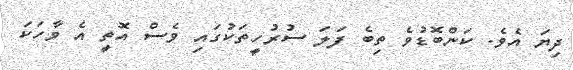
ދިޔަ އެވެ. ކަންބޮޑުވެ ތިބެ ފަލަ ސުރުހީތަކުގައި ވެސް އޮތީ އެ ވާހަކަ